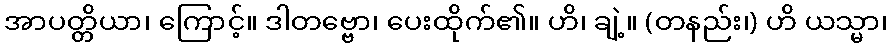
အာပတ္တိယာ၊ ကြောင့်။ ဒါတဗ္ဗော၊ ပေးထိုက်၏။ ဟိ၊ ချဲ့။ (တနည်း၊) ဟိ ယသ္မာ၊